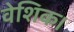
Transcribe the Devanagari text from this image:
वेशिक।